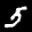
Label: 5